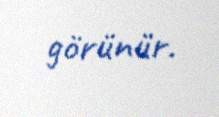
görünür.